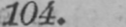
104.